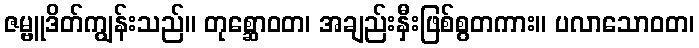
ဇမ္ဗူဒိတ်ကျွန်းသည်။ တုစ္ဆောဝတ၊ အချည်းနှီးဖြစ်စွတကား။ ပလာသောဝတ၊